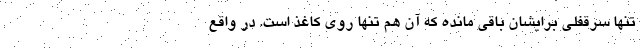
تنها سرقفلی برایشان باقی مانده که آن هم تنها روی کاغذ است. در واقع